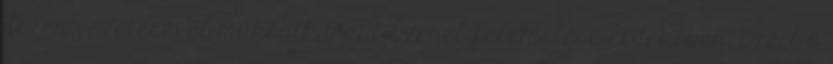
Isten vezetésével működik majd Izráel felemelése érdekében. Ezért ő